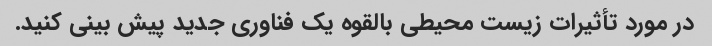
در مورد تأثیرات زیست محیطی بالقوه یک فناوری جدید پیش بینی کنید.